Vabadussoja_Ajaloo_Komitee, lk 58
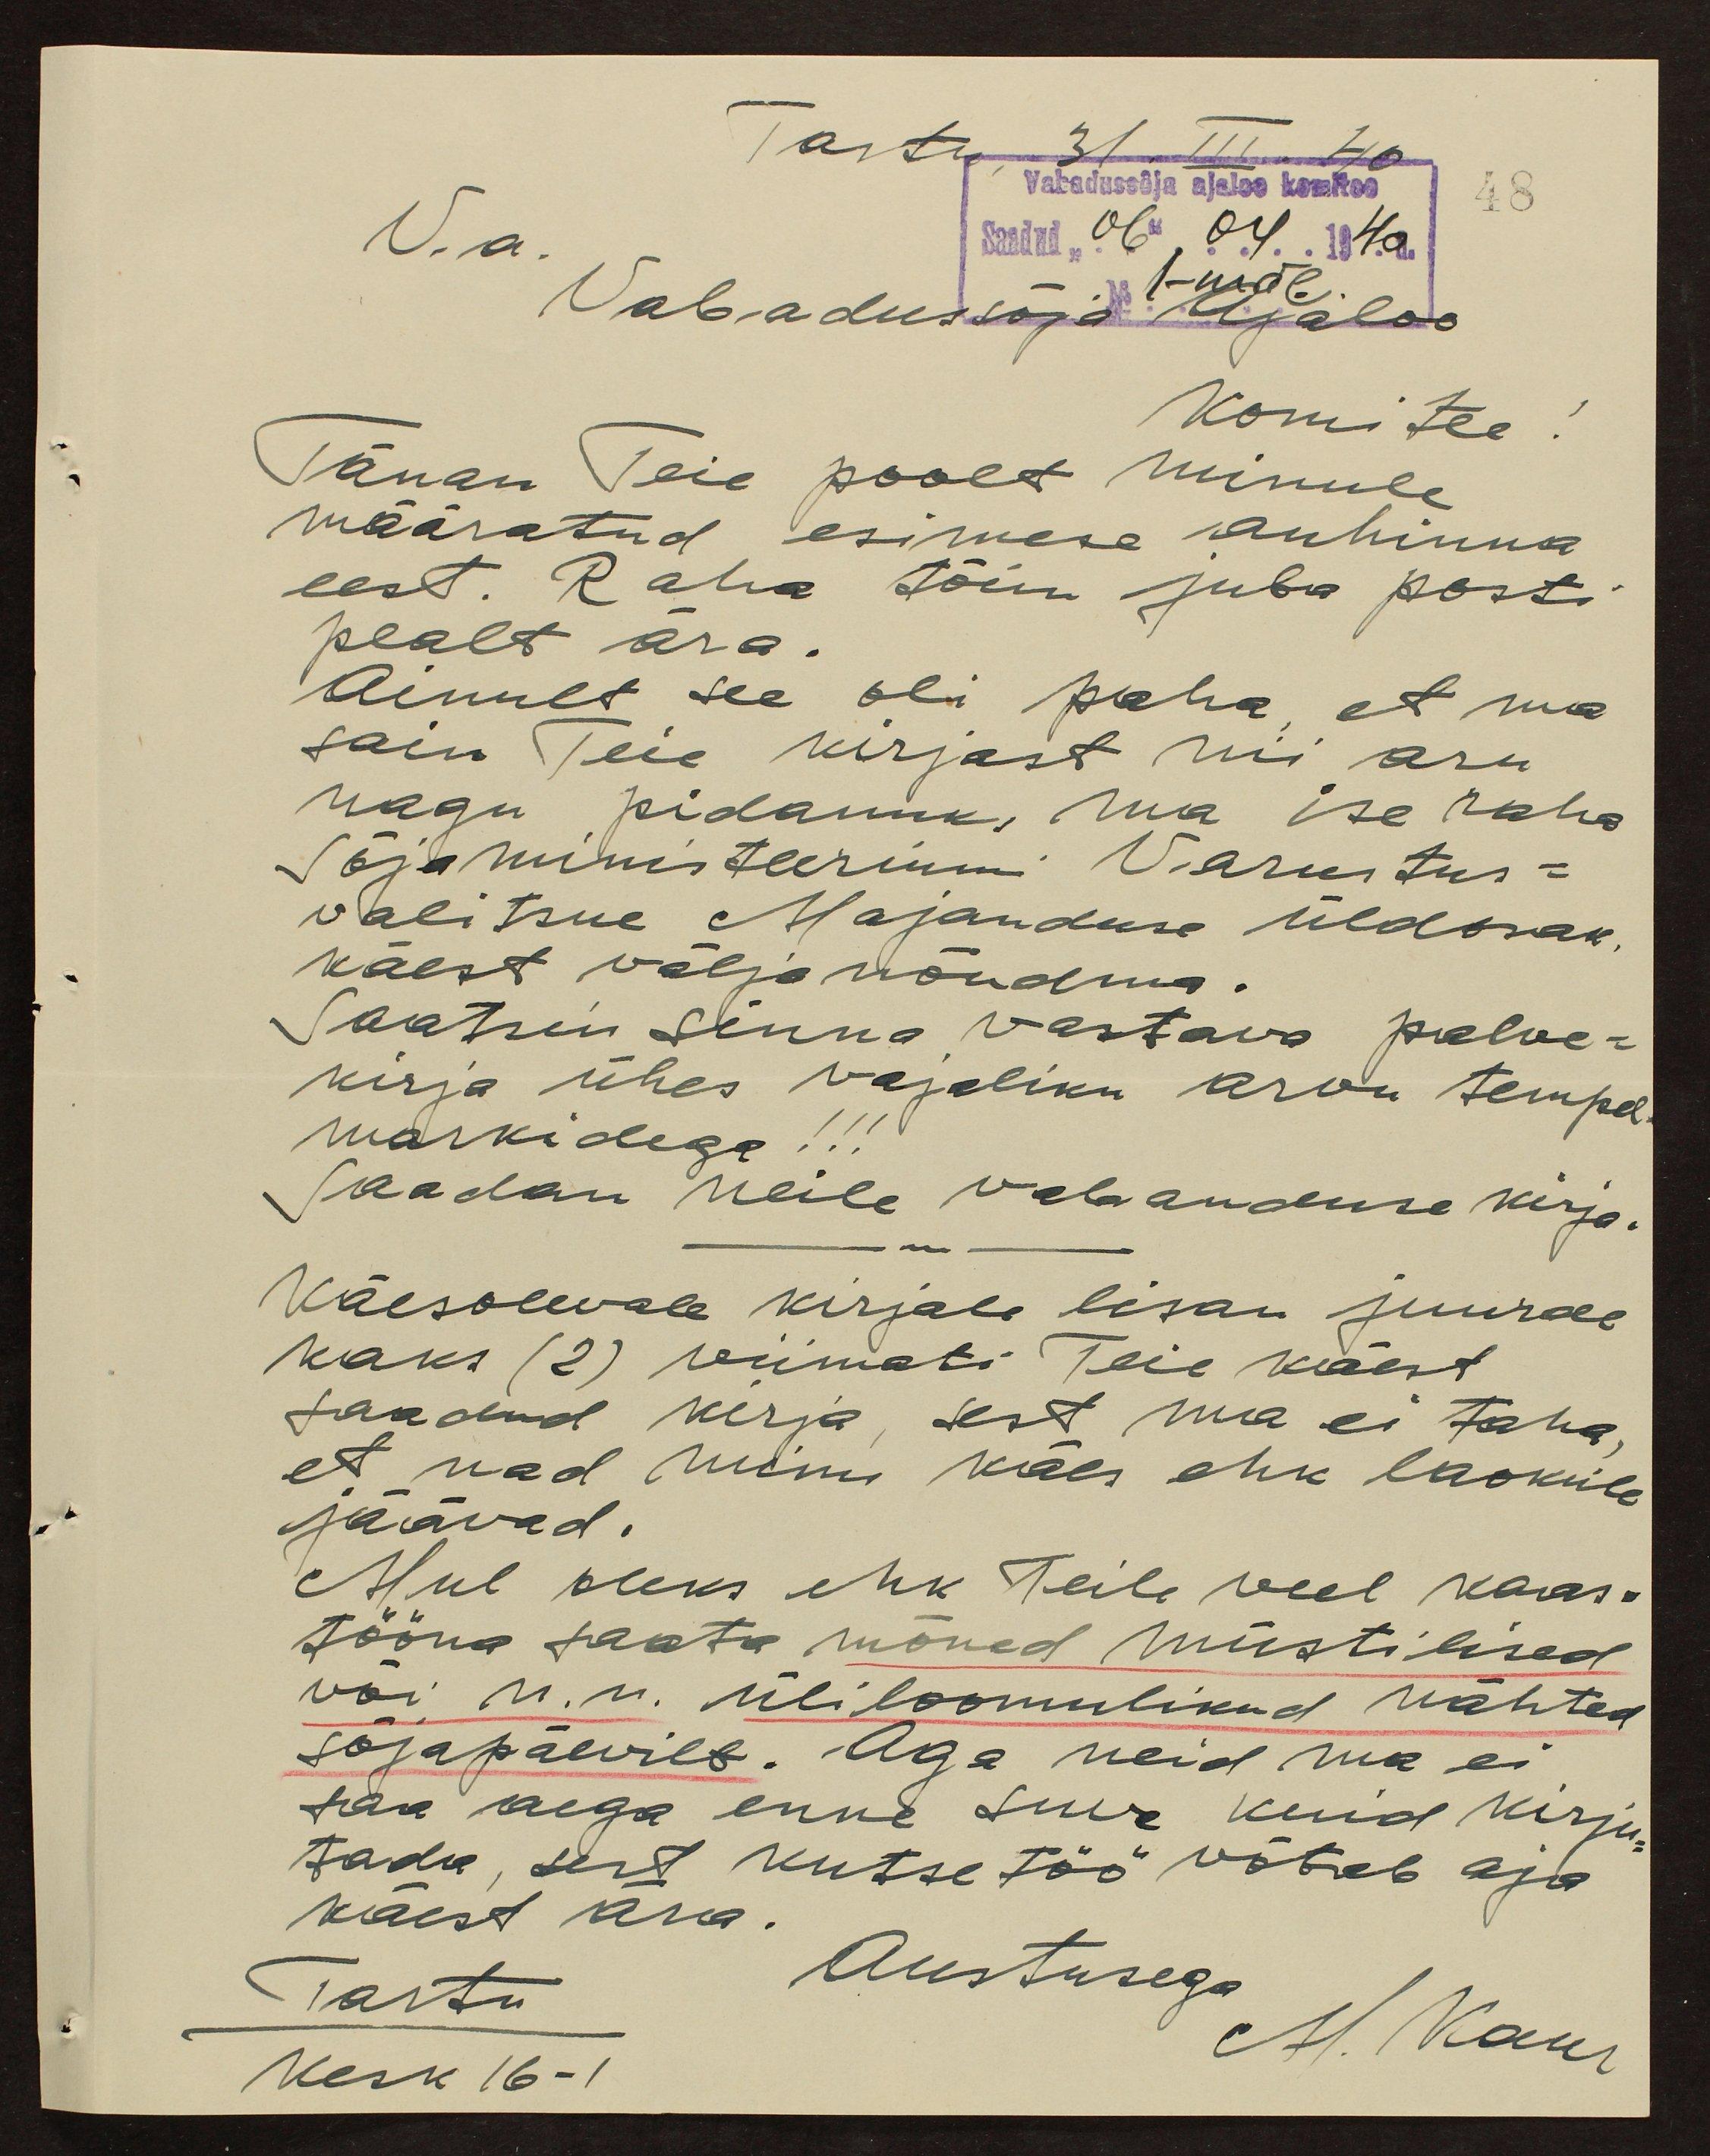
Tartus 31. III 40
Vabadussõja ajaloo komitee
48
V.a.
Saadud "O6" 04. 1940.
1-mal
Vabadussõja ajaloo
komitee!
Tänan Teie poolt minule
määratud esimese auhinna
eest. Raha tõin juba posti
pealt ära.
Ainult see oli paha, et ma
sain Teie kirjast nii aru
nagu pidanuks ma ise raha
Sõjaministeeriumi Varustus-
valitsuse Majanduse üldosak,
käest wälja nõudma.
Saatsin sinna vastava palve-
kirja ühes vajaliku arvu tempel-
markidega!!!
Saadan neile vabanduse kirja.
Käesolevale kirjale lisan juurde
kaks (2) viimati Teie käest
saadud kirja, sest ma ei taha,
et nad minu käes ehk laokile
jäävad.
Mul oleks ehk Teile veel kaas-
tööna saata mõned müstilised
või n.n. üliloomulikud nähted
sõjapäevilt. Aga neid ma ei
saa aega enne suve kuid kirju-
tada, sest kutsetöö wõtab aja
käest ära.
Tartu
Austusega
M. Kaur
Kesk 16-1